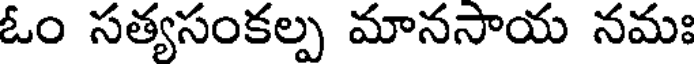
ఓం సత్యసంకల్ప మానసాయ నమః